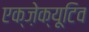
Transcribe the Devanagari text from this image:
एक्ज़ेक्यूटिव